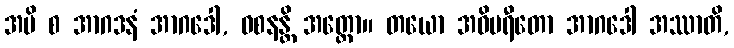
အပိ စ အာဂဒနံ အာဂဒေါ, ဝစနန္တိ အတ္ထော။ တယော အဝိပရီတော အာဂဒေါ အဿာတိ,